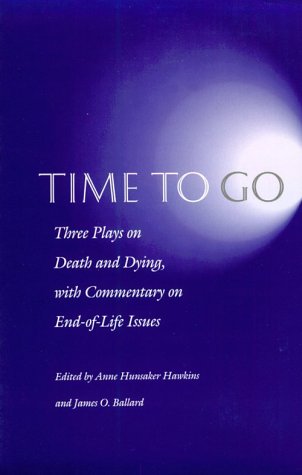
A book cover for Time to Go: Three Plays on Death and Dying with Commentary on End-of-Life Issues; Medical Books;